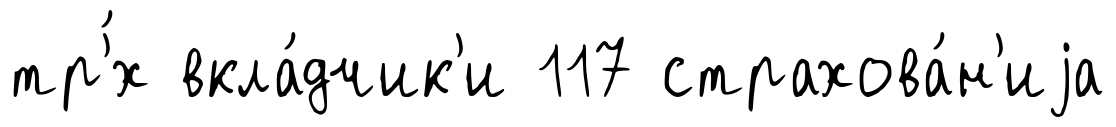
тр'́х вкла́дчик'и 117 страхова́н'иjа